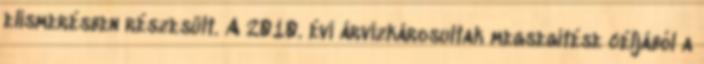
elismerésben részesült. A 2010. évi árvízkárosultak megsegítése céljából a